Annual report on the mental hospital in the Central Provinces and Berar (Nagpur) - 1927-1951
Year: 1927
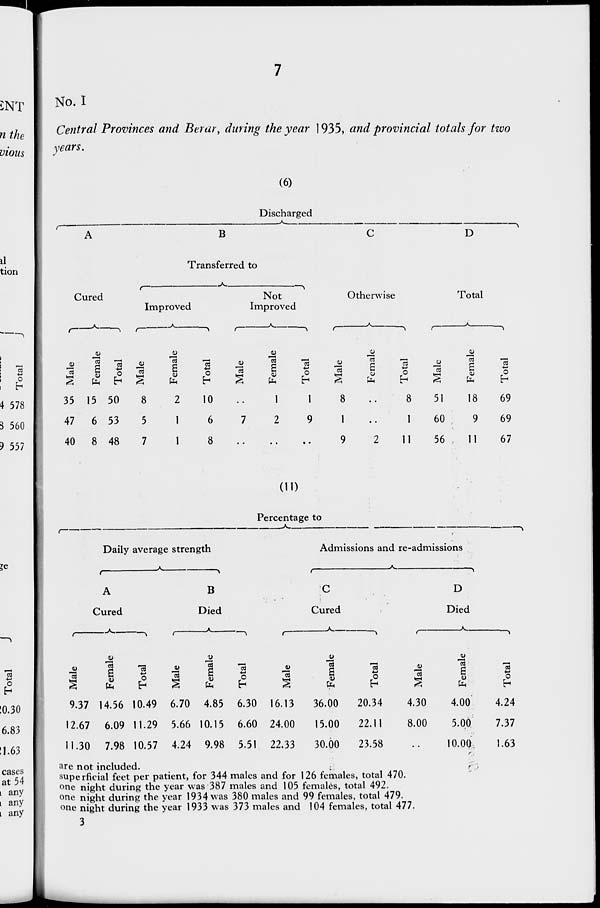
7
No. I
Central Provinces and Berar, during the year 1935, and provincial totals for two
years.
(6)
Discharged
A
Cured
Male
35
47
40
Female
15
6
8
Total
50
53
48
B
Transferred to
Improved
Male
8
5
7
Female
2
1
1
Total
10
6
8
Not
Improved
Male
..
7
..
Female
1
2
..
Total
1
9
..
C
Otherwise
Male
8
1
9
Female
..
..
2
Total
8
1
11
D
Total
Male
51
60
56
Female
18
9
11
Total
69
69
67
(11)
Percentage to
Daily average strength
A
Cured
Male
9.37
12.67
11.30
Female
14.56
6.09
7.98
Total
10.49
11.29
10.57
B
Died
Male
6.70
5.66
4.24
Female
4.85
10.15
9.98
Total
6.30
6.60
5.51
Admissions and re-admissions
C
Cured
Male
16.13
24.00
22.33
Female
36.00
15.00
30.00
Total
20.34
22.11
23.58
D
Died
Male
4.30
8.00
..
Female
4.00
5.00
10.00
Total
4.24
7.37
1.63
are not included.
superficial feet per patient, for 344 males and for 126 females, total 470.
one night during the year was 387 males and 105 females, total 492.
one night during the year 1934 was 380 males and 99 females, total 479.
one night during the year 1933 was 373 males and 104 females, total 477.
3